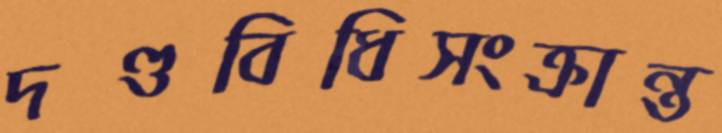
দণ্ডবিধিসংক্রান্ত